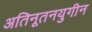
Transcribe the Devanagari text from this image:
अतिनूतनयुगीन